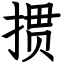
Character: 掼